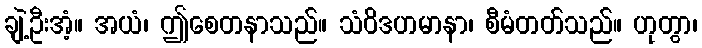
ချဲ့ဦးအံ့။ အယံ၊ ဤစေတနာသည်။ သံဝိဒဟမာနာ၊ စီမံတတ်သည်။ ဟုတွာ၊